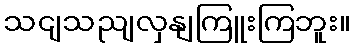
သငျသညျလှနျကြူးကြဘူး။